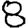
Digit: 8